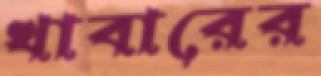
খাবারের